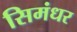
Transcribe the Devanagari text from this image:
सिमंधर